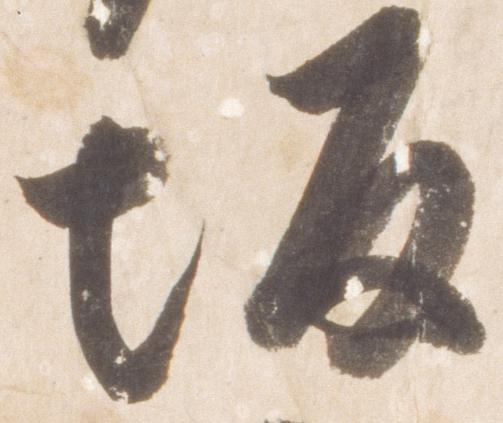
坂